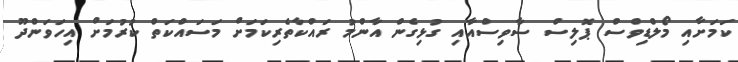
ކަމަށާއި މޯލްޑިވްސް ޕޮލިސް ސާވިސްއާއި ގުޅިގެން އާންމު ރައްކާތެރިކަމަށް މަސައްކަތް ކުރުމަށް އިހަވަންދޫ